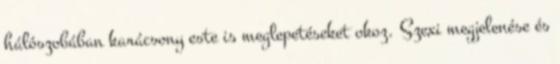
hálószobában karácsony este is meglepetéseket okoz. Szexi megjelenése és